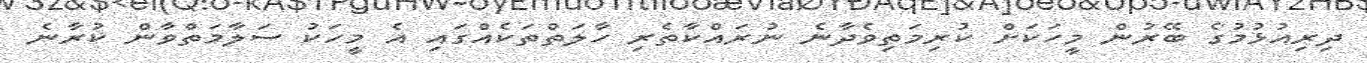
ދިރިއުޅުމުގެ ބޭރުން މީހަކަށް ކުރިމަތިވެދާނެ ނުރައްކާތެރި ހާލަތްތަކެއްގައި އެ މީހަކު ސަލާމަތްވާން ކުރާނެ